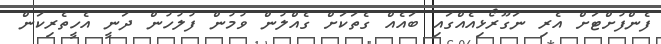
ފެންފުށްޓަށް އެރި ނަގޫރޯޅިއެއްގައި ބައެއް ގެތަކަށް ގެއްލުން ވުމުން ފުލުހުން ދަނީ އެހީތެރިކަން